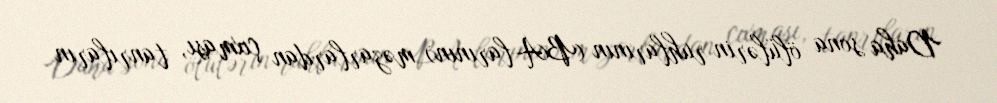
Daha sona ölülərin ruhlarının (BA-larının) məzarlardan çıxması, tanrıların